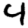
Digit: 4